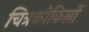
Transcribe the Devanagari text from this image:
चित्रकोकिलों